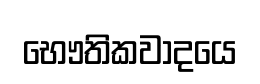
භෞතිකවාදයෙ